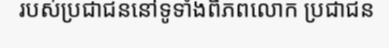
របស់ប្រជាជននៅទូទាំងពិភពលោក ប្រជាជន